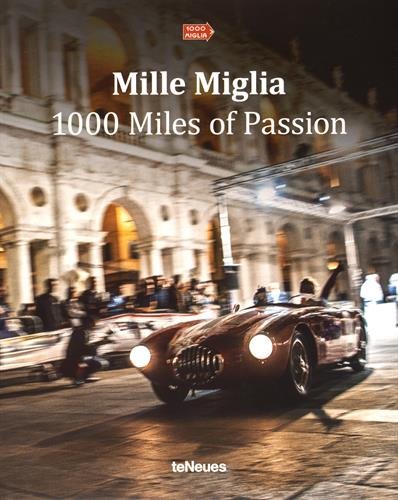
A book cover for Mille Miglia; Engineering & Transportation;